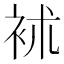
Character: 䘤